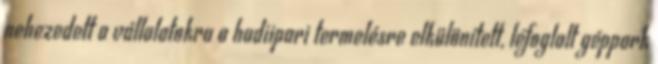
nehezedett a vállalatokra a hadiipari termelésre elkülönített, lefoglalt géppark